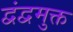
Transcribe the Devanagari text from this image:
द्वंद्वमुक्त